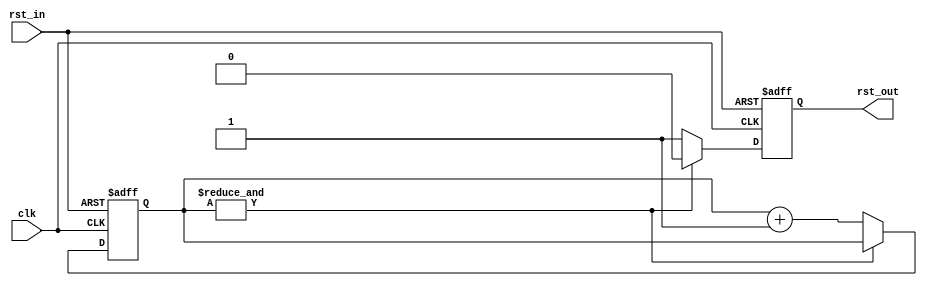
module reset_stretch #(
    parameter N = 4
)(
    input  wire clk,
    input  wire rst_in,
    output wire rst_out
);

reg reset_reg = 1;
reg [N-1:0] count_reg = 0;

assign rst_out = reset_reg;

// async assert, hold reset for 2^N clocks
always @(posedge clk or posedge rst_in) begin
    if (rst_in) begin
        // reset
        count_reg <= 0;
        reset_reg <= 1;
    end else begin
        if (&count_reg) begin
            reset_reg <= 0;
        end else begin
            reset_reg <= 1;
            count_reg <= count_reg + 1;
        end
    end
end

endmodule